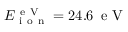
E _ { \mathrm { ~ i ~ o ~ n ~ } } ^ { \mathrm { ~ e ~ V ~ } } = 2 4 . 6 \, \mathrm { ~ e ~ V ~ }